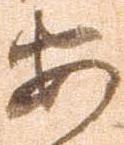
安